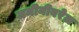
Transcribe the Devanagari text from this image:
जमीनीवरेल